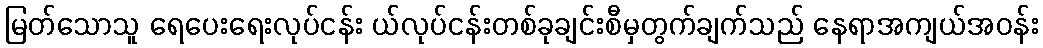
မြတ်သောသူ ရေပေးရေးလုပ်ငန်း ယ်လုပ်ငန်းတစ်ခုချင်းစီမှတွက်ချက်သည် နေရာအကျယ်အဝန်း